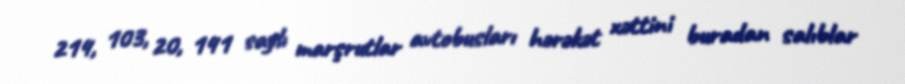
214, 103, 20, 141 saylı marşrutlar avtobusları hərəkət xəttini buradan salıblar